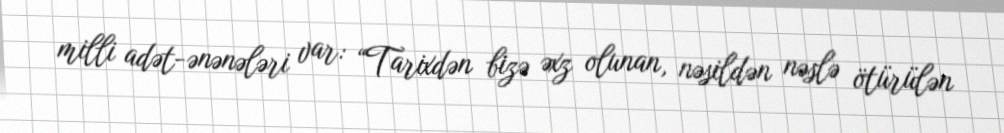
milli adət-ənənələri var: “Tarixdən bizə əxz olunan, nəsildən nəslə ötürülən